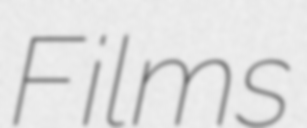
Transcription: Films